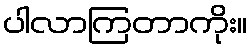
ပါလာကြတာကိုး။